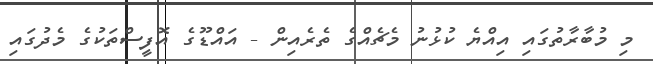
މި މުބާރާތުގައި އިއްޔެ ކުޅުނު މެޗެއްގެ ތެރެއިން - އައްޑޫގެ އޮފީސްތަކުގެ މެދުގައި